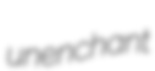
unenchant